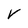
Character: V